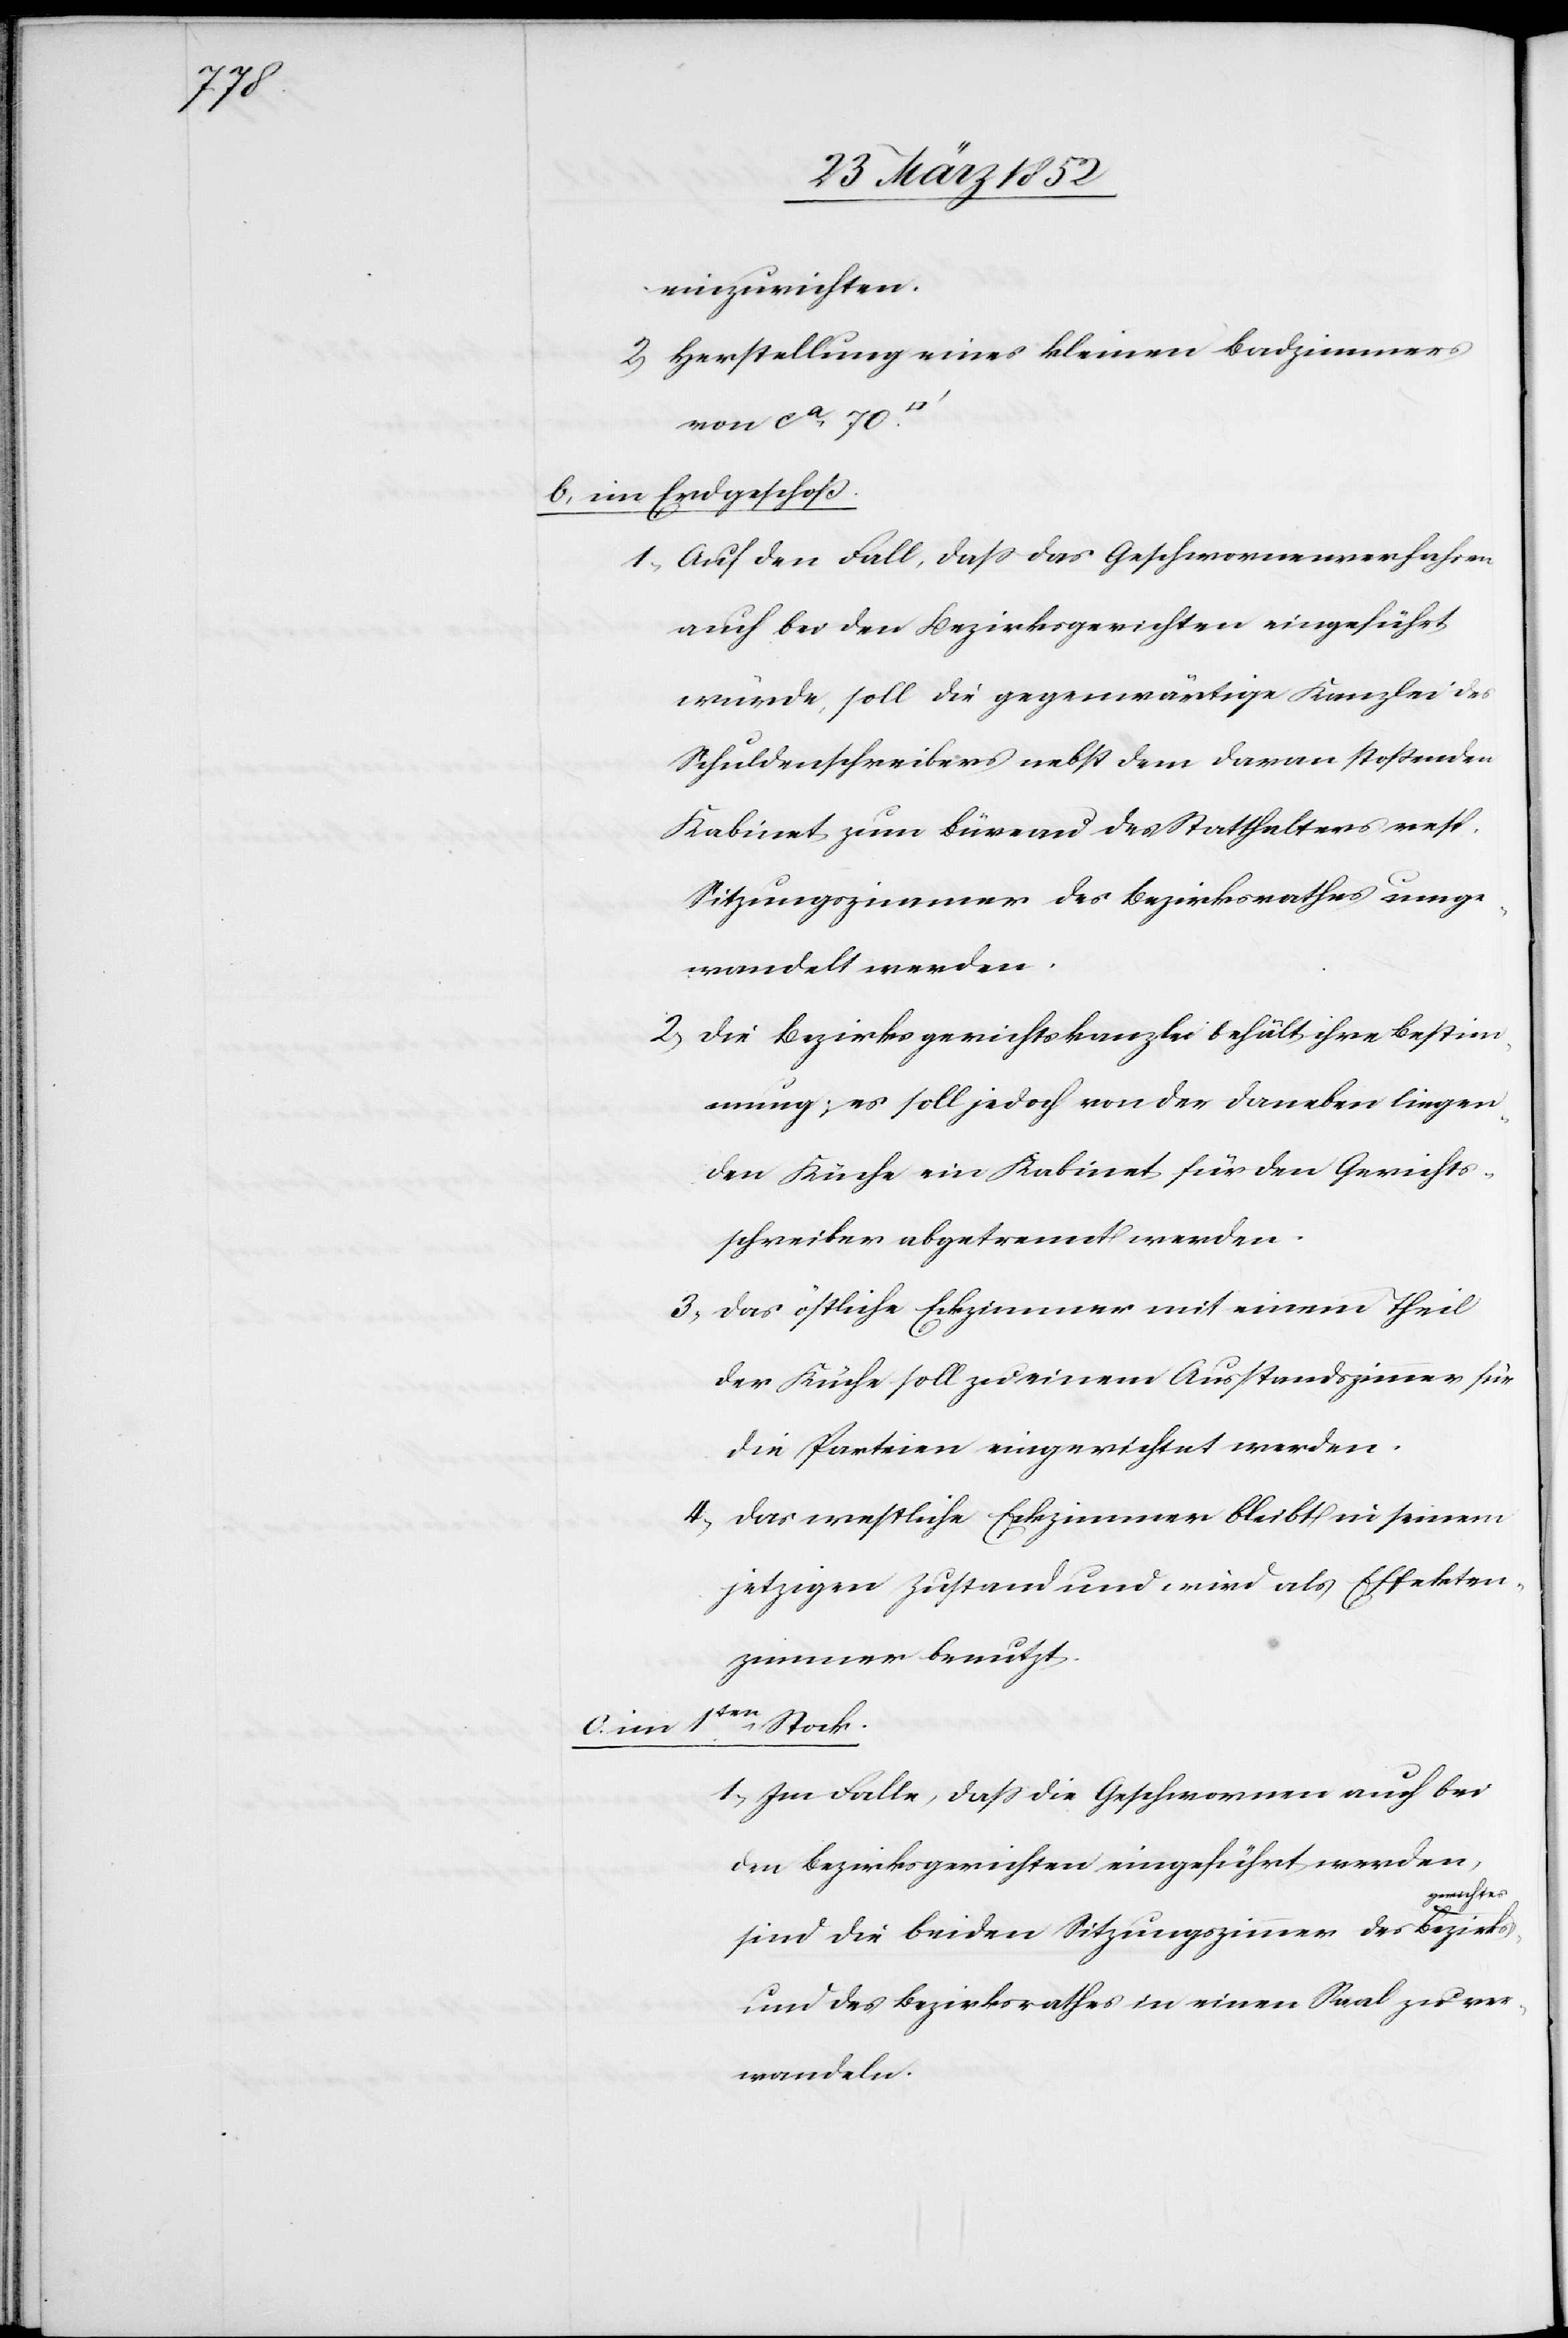
einzurichten.
2) Herstellung eines kleinen Badzimmers
von ca 70
b) im Erdgeschoß.
1) Auf den Fall, daß das Geschwornenverfahren
auch bei den Bezirksgerichten eingeführt
würde, soll die gegenwärtige Kanzlei des
Schuldenschreibers nebst dem daran stoßenden
Kabinet zum Büreau des Statthalters resp.
Sitzungszimmer des Bezirksrathes umge¬
wandelt werden.
2) Die Bezirksgerichtskanzlei behält ihre Bestim¬
mung, es soll jedoch von der daneben liegen¬
den Küche ein Kabinet für den Gerichts¬
schreiber abgetrennt werden.
3) Das östliche Eckzimmer mit einem Theil
der Küche soll zu einem Ausstandszimmer für
die Parteien eingerichtet werden.
4) Das westliche Eckzimmer bleibt in seinem
jetzigen Zustand und wird als Effekten¬
zimmer benutzt.
1ten Stock.
1) Im Falle, daß die Geschwornen auch bei
den Bezirksgerichten eingeführt werden,
gerichtes
sind die beiden Sitzungszimmer des Bezirks¬
und des Bezirksrathes in einen Saal zu ver¬
wandeln.